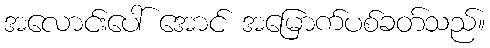
အလောင်းပေါ် အောင် အမြောက်ပစ်ခတ်သည်။